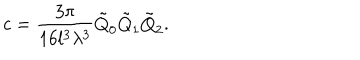
c = \frac { 3 \pi } { 1 6 l ^ { 3 } \lambda ^ { 3 } } \tilde { Q } _ { 0 } \tilde { Q } _ { 1 } \tilde { Q } _ { 2 } .